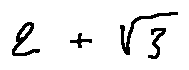
2 + \sqrt { 3 }